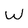
Character: W